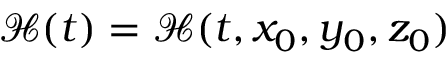
\mathcal { H } ( t ) = \mathcal { H } ( t , x _ { 0 } , y _ { 0 } , z _ { 0 } )